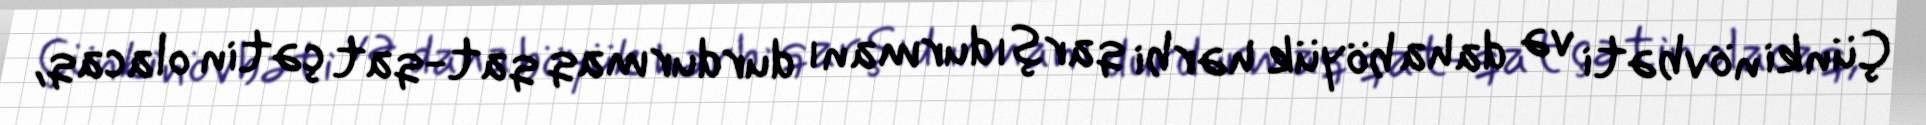
Çünki növbəti və daha böyük hərbi qarşıdurmanı durdurmaq qat-qat çətin olacaq,